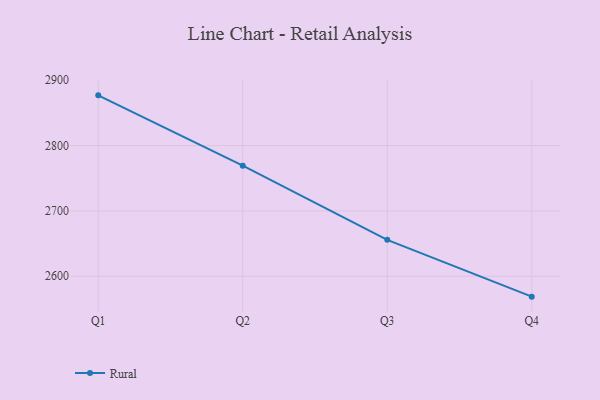
{"axis": {"x": "Quarter", "y": "Page Views"}, "legend": ["Rural"], "data": [{"x": "Q1", "y": 2876.8, "type": "Rural"}, {"x": "Q2", "y": 2769.2, "type": "Rural"}, {"x": "Q3", "y": 2655.7, "type": "Rural"}, {"x": "Q4", "y": 2568.8, "type": "Rural"}]}